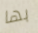
بها